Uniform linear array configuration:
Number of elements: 32
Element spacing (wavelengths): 0.25
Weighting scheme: kaiser
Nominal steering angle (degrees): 60
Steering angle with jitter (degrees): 61.048
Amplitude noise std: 0.05
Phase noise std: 0.05

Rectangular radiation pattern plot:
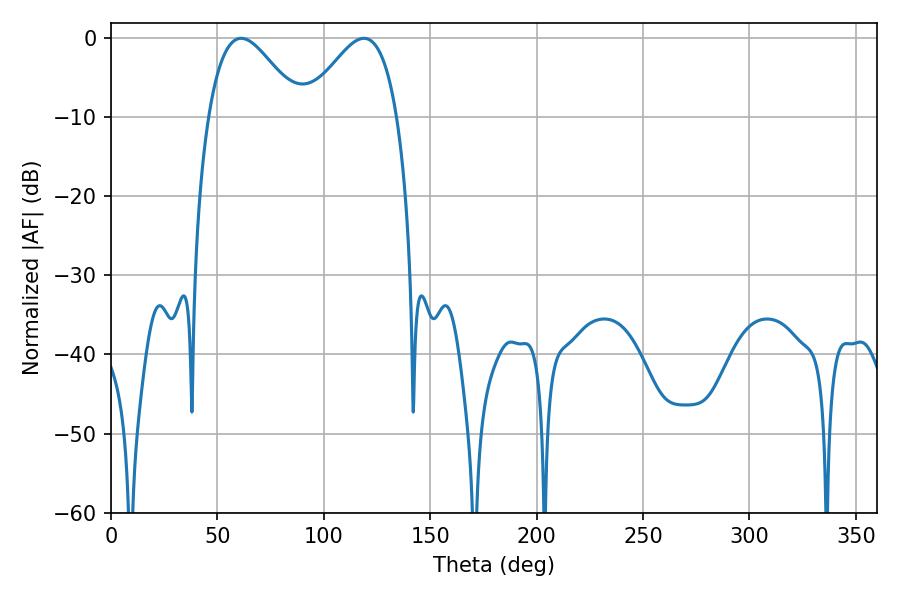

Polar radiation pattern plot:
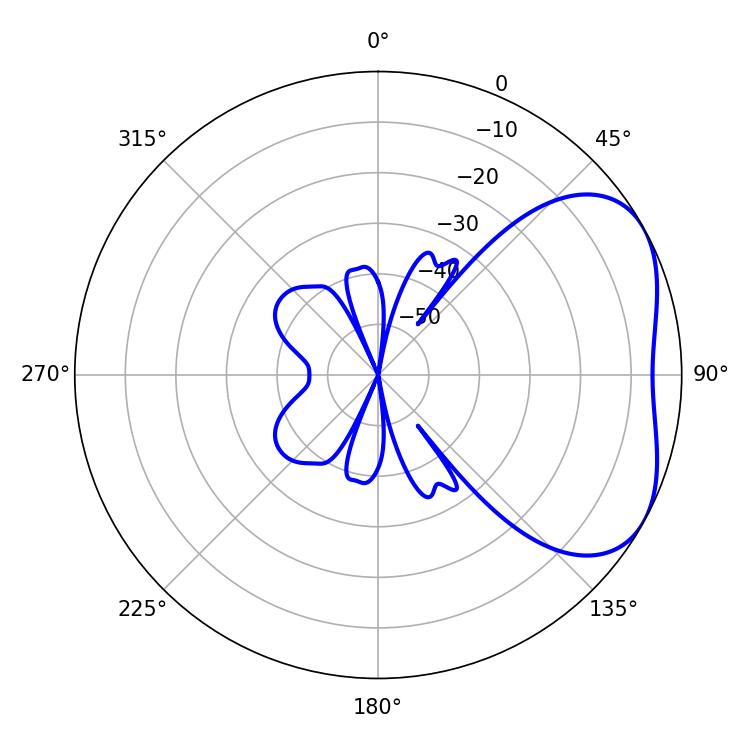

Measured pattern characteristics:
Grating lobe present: FALSE
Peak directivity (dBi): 3.985
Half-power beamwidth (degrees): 23.22
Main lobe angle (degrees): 61.2